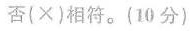
否(×)相符。(10分)